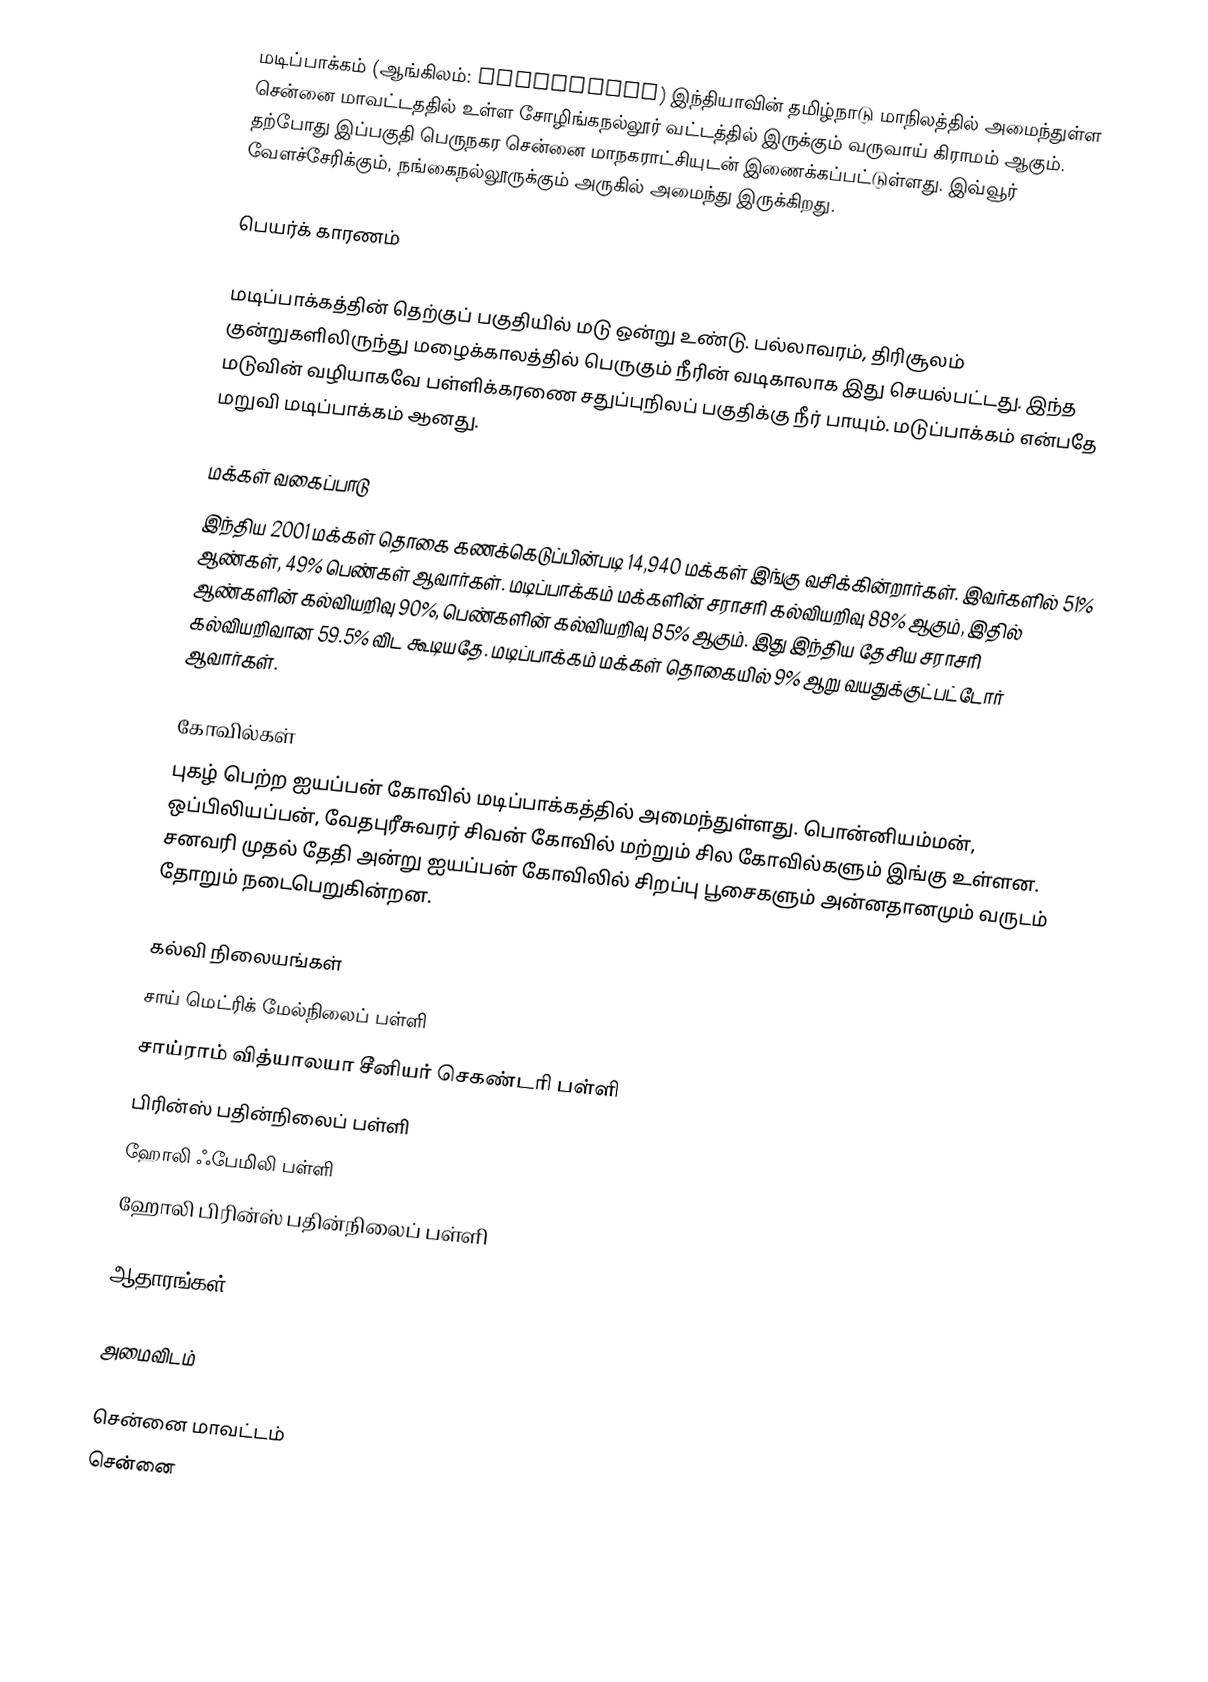
மடிப்பாக்கம் (ஆங்கிலம்: Madipakkam) இந்தியாவின் தமிழ்நாடு மாநிலத்தில் அமைந்துள்ள  சென்னை மாவட்டததில் உள்ள சோழிங்கநல்லூர் வட்டத்தில் இருக்கும் வருவாய் கிராமம் ஆகும். தற்போது இப்பகுதி பெருநகர சென்னை மாநகராட்சியுடன் இணைக்கப்பட்டுள்ளது. இவ்வூர் வேளச்சேரிக்கும், நங்கைநல்லூருக்கும் அருகில் அமைந்து இருக்கிறது.

பெயர்க் காரணம்

மடிப்பாக்கத்தின் தெற்குப் பகுதியில் மடு ஒன்று உண்டு. பல்லாவரம், திரிசூலம் குன்றுகளிலிருந்து மழைக்காலத்தில் பெருகும் நீரின் வடிகாலாக இது செயல்பட்டது. இந்த மடுவின் வழியாகவே பள்ளிக்கரணை சதுப்புநிலப் பகுதிக்கு நீர் பாயும். மடுப்பாக்கம் என்பதே மறுவி மடிப்பாக்கம் ஆனது.

மக்கள் வகைப்பாடு
இந்திய 2001 மக்கள் தொகை கணக்கெடுப்பின்படி 14,940 மக்கள் இங்கு வசிக்கின்றார்கள். இவர்களில் 51% ஆண்கள், 49% பெண்கள் ஆவார்கள். மடிப்பாக்கம் மக்களின் சராசரி கல்வியறிவு 88% ஆகும்,  இதில் ஆண்களின் கல்வியறிவு 90%,  பெண்களின் கல்வியறிவு 85% ஆகும். இது இந்திய தேசிய சராசரி கல்வியறிவான 59.5% விட கூடியதே. மடிப்பாக்கம் மக்கள் தொகையில் 9%  ஆறு வயதுக்குட்பட்டோர் ஆவார்கள்.

கோவில்கள்
புகழ் பெற்ற ஐயப்பன் கோவில் மடிப்பாக்கத்தில் அமைந்துள்ளது. பொன்னியம்மன், ஒப்பிலியப்பன், வேதபுரீசுவரர் சிவன் கோவில் மற்றும் சில கோவில்களும் இங்கு உள்ளன. சனவரி முதல் தேதி அன்று ஐயப்பன் கோவிலில் சிறப்பு பூசைகளும் அன்னதானமும் வருடம் தோறும் நடைபெறுகின்றன.

கல்வி நிலையங்கள்
 சாய் மெட்ரிக் மேல்நிலைப் பள்ளி
 சாய்ராம் வித்யாலயா சீனியர் செகண்டரி பள்ளி
பிரின்ஸ் பதின்நிலைப் பள்ளி
ஹோலி ஃபேமிலி பள்ளி
ஹோலி பிரின்ஸ் பதின்நிலைப் பள்ளி

ஆதாரங்கள்

அமைவிடம்

சென்னை மாவட்டம்
சென்னை